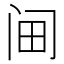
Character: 𰿭